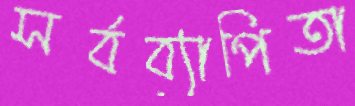
সর্বব্যাপিতা